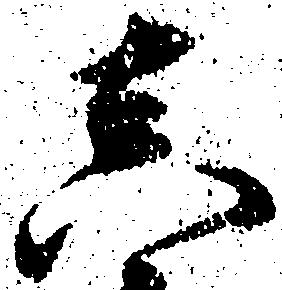
真